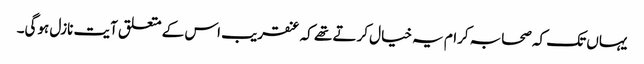
یہاں تک کہ صحابہ کرام یہ خیال کرتے تھے کہ عنقریب اس کے متعلق آیت نازل ہوگی۔